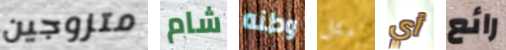
متزوجين شام وطنه مثل أي رائع